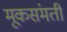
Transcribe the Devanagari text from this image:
मूकसंमती